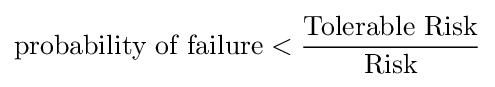
{\text{probability of failure}}<{{\text{Tolerable Risk}} \over {\text{Risk}}}